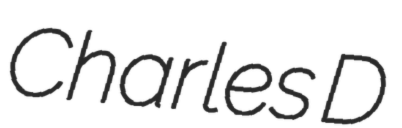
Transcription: Charles D